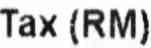
TAX (RM)